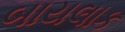
બાયલાક